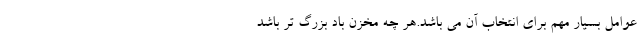
عوامل بسیار مهم برای انتخاب آن می باشد.هر چه مخزن باد بزرگ تر باشد